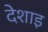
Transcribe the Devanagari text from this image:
देशाइ